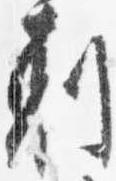
剋